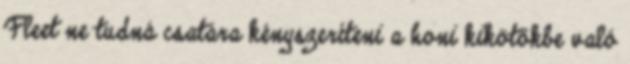
Fleet ne tudná csatára kényszeríteni a honi kikötőkbe való